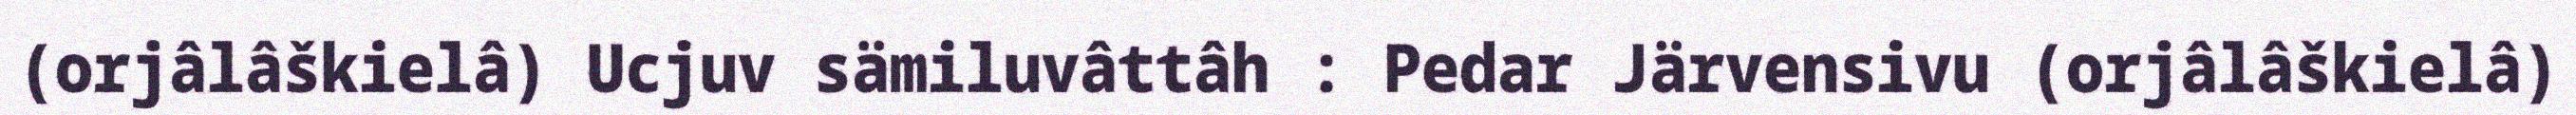
(orjâlâškielâ) Ucjuv sämiluvâttâh : Pedar Järvensivu (orjâlâškielâ)